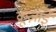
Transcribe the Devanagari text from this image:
क्रूज़ाई